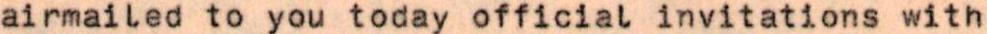
airmailed to you today official invitations with